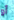
أو